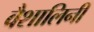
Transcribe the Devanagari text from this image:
वैशालिनी